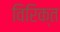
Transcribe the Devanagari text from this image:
विरिक्त